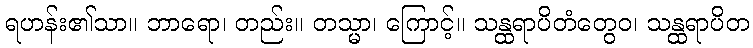
ရဟန်း၏သာ။ ဘာရော၊ တည်း။ တသ္မာ၊ ကြောင့်။ သန္ထရာပိတံတွေဝ၊ သန္ထရာပိတ